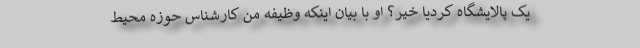
یک پالایشگاه کردیا خیر؟ او با بیان اینکه وظیفه من کارشناس حوزه محیط